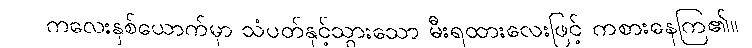
ကလေးနှစ်ယောက်မှာ သံပတ်နှင့်သွားသော မီးရထားလေးဖြင့် ကစားနေကြ၏။